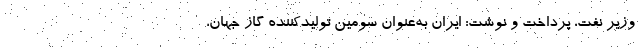
وزیر نفت، پرداخت و نوشت: ایران به‌عنوان سومین تولیدکننده گاز جهان،